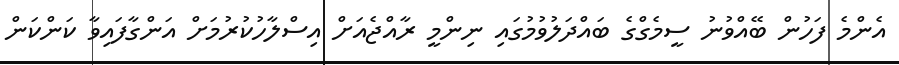
އެންމެ ފަހުން ބޭއްވުނު ސީމެގްގެ ބައްދަލުވުމުގައި ނިންމީ ރާއްޖެއަށް އިސްލާހުކުރުމަށް އަންގާފައިވާ ކަންކަން